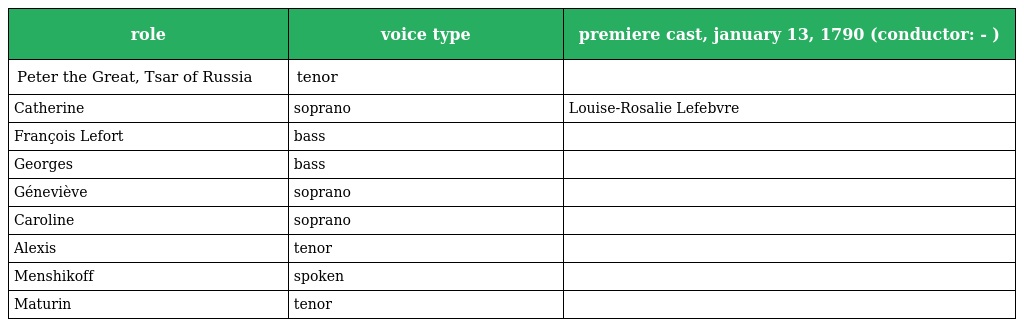
| role | voice type | premiere cast, january 13, 1790 (conductor: - ) |
 | --- | --- | --- |
 | Peter the Great, Tsar of Russia | tenor |  |
 | Catherine | soprano | Louise-Rosalie Lefebvre |
 | François Lefort | bass |  |
 | Georges | bass |  |
 | Géneviève | soprano |  |
 | Caroline | soprano |  |
 | Alexis | tenor |  |
 | Menshikoff | spoken |  |
 | Maturin | tenor |  |